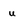
Character: u